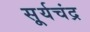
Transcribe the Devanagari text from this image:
सू्र्यचंद्र